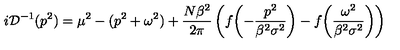
i { \cal D } ^ { - 1 } ( p ^ { 2 } ) = \mu ^ { 2 } - ( p ^ { 2 } + \omega ^ { 2 } ) + \frac { N \beta ^ { 2 } } { 2 \pi } \left( f \biggl ( - \frac { p ^ { 2 } } { \beta ^ { 2 } \sigma ^ { 2 } } \biggr ) - f \biggl ( \frac { \omega ^ { 2 } } { \beta ^ { 2 } \sigma ^ { 2 } } \biggr ) \right)